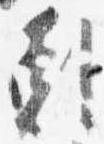
剋